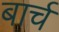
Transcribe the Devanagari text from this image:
बार्च